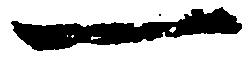
一